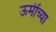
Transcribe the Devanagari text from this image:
ऊमींच्या